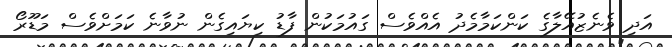
އަދި ވެނެޒުއޭލާގެ ކަންކަމާމެދު އެއްވެސް ގައުމަކުން ފާޑު ކިޔައިގެން ނުވާނެ ކަމަށްވެސް މަޑޫރޯ